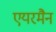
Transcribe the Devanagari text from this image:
एयरमैन